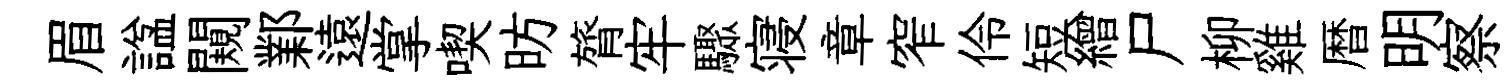
眉諡闚鄴遠掌喫昉膂牢驟寝章窄伶短繒尸柳雞暦明察